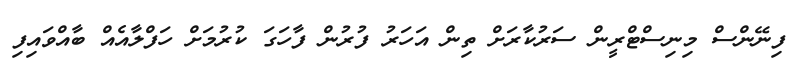
ފިނޭންސް މިނިސްޓްރީން ސަރުކާރަށް ތިން އަހަރު ފުރުން ފާހަގަ ކުރުމަށް ހަފްލާއެއް ބާއްވައިފި